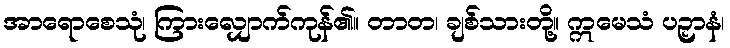
အာရောစေသုံ၊ ကြားလျှောက်ကုန်၏။ တာတ၊ ချစ်သားတို့။ ဣမေသံ ပဉှာနံ၊